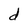
Character: d